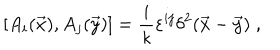
\left[ A _ { i } ( \vec { x } ) , A _ { j } ( \vec { y } ) \right] = \frac { i } { \kappa } \varepsilon ^ { i j } \delta ^ { 2 } ( \vec { x } - \vec { y } ) \; ,